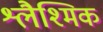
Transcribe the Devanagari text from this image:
श्लैश्मिक